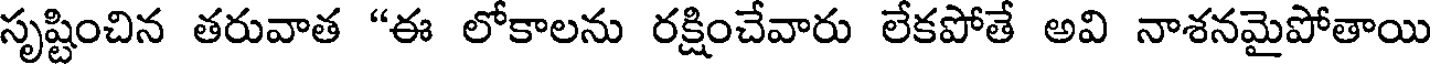
సృష్టించిన తరువాత "ఈ లోకాలను రక్షించేవారు లేకపోతే అవి నాశనమైపోతాయి